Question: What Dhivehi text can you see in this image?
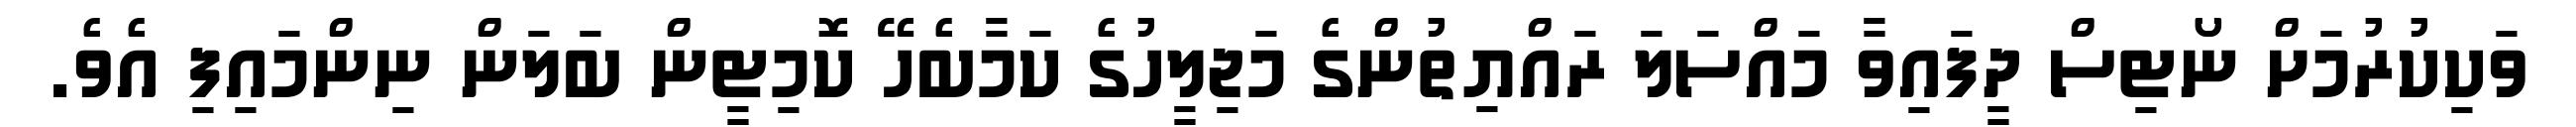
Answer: ވަކިކުރުމަށް ނޯޓިސް ދީފައިވާ މައްސަލަ ރައްޔިތުންގެ މަޖިލީހުގެ ކަމާބެހޭ ކޮމިޓީން ބަލަން ނިންމައިފި އެވެ.